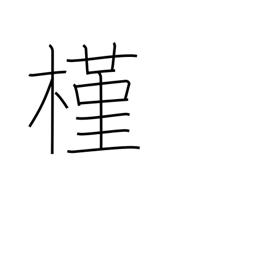
Meaning: rose of Sharon